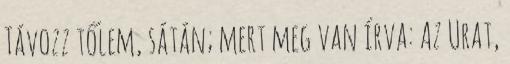
Távozz tőlem, sátán; mert meg van írva: Az Urat,